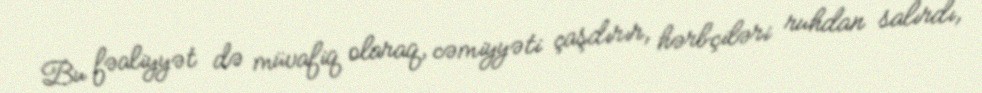
Bu fəaliyyət də müvafiq olaraq, cəmiyyəti çaşdırır, hərbçiləri ruhdan salırdı,